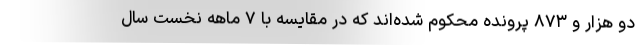
دو هزار و ۸۷۳ پرونده محکوم شده‌اند که در مقایسه با ۷ ماهه نخست سال